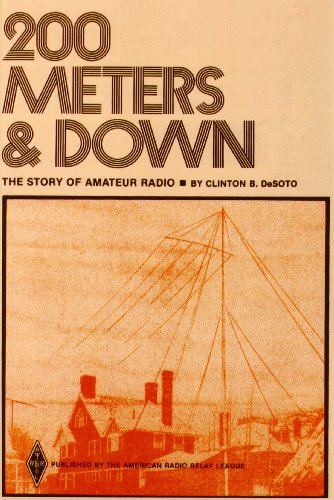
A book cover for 200 Meters & Down: The Story of Amateur Radio; Clinton Desoto; Humor & Entertainment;